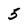
Character: 5